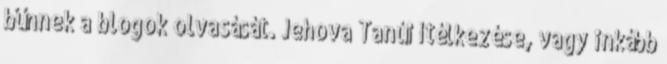
bűnnek a blogok olvasását. Jehova Tanúi ítélkezése, vagy inkább